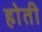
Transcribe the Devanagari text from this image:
हाेती